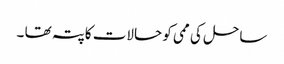
ساحل کی ممی کو حالات کاپتہ تھا ۔